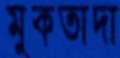
মুকতাদা